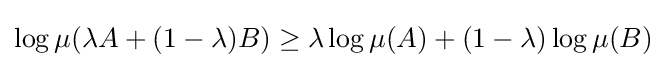
\log \mu (\lambda A+(1-\lambda )B)\geq \lambda \log \mu (A)+(1-\lambda )\log \mu (B)